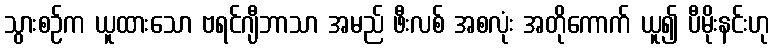
သွားစဉ်က ယူထားသော ဗရင်ဂျီဘာသာ အမည် ဖီးလစ် အစလုံး အတိုကောက် ယူ၍ ပီမိုးနင်းဟု